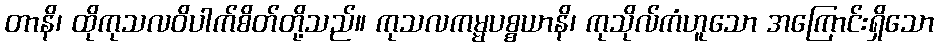
တာနိ၊ ထိုကုသလဝိပါက်စိတ်တို့သည်။ ကုသလကမ္မပစ္စယာနိ၊ ကုသိုလ်ကံဟူသော အကြောင်းရှိသော